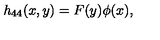
h _ { 4 4 } ( x , y ) = F ( y ) \phi ( x ) ,